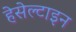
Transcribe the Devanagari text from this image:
हेसेल्टाइन